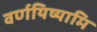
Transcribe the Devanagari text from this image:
वर्णयिष्यामि